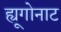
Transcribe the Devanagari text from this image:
ह्यूगोनाट